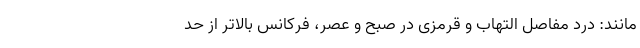
مانند: درد مفاصل التهاب و قرمزی در صبح و عصر، فرکانس بالاتر از حد